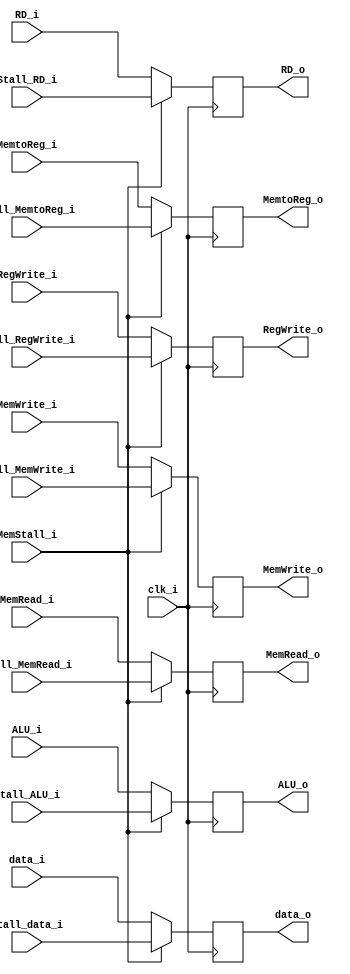
module EX_MEM
(
    input            clk_i,
    input   [31:0]   ALU_i,
    input   [31:0]   data_i,
    input   [4:0]    RD_i,
    input            MemtoReg_i,
    input            MemWrite_i,
    input            MemRead_i,
    input            RegWrite_i,
    input            MemStall_i,
    input   [31:0]   Stall_ALU_i,
    input   [31:0]   Stall_data_i,
    input   [4:0]    Stall_RD_i,
    input            Stall_MemtoReg_i,
    input            Stall_MemWrite_i,
    input            Stall_MemRead_i,
    input            Stall_RegWrite_i,
    output  [31:0]   ALU_o,
    output  [31:0]   data_o,
    output  [4:0]    RD_o,
    output           MemtoReg_o,
    output           MemWrite_o,
    output           MemRead_o,
    output           RegWrite_o
);

reg     [31:0]     ALU_o, data_o;
reg     [4:0]      RD_o;
reg                MemtoReg_o, MemWrite_o, MemRead_o, RegWrite_o;

always @ (posedge clk_i) begin
    if(MemStall_i) begin
        ALU_o <= Stall_ALU_i;
        data_o <= Stall_data_i;
        RD_o <= Stall_RD_i;
        MemtoReg_o <= Stall_MemtoReg_i;
        MemWrite_o <= Stall_MemWrite_i;
        MemRead_o <= Stall_MemRead_i;
        RegWrite_o <= Stall_RegWrite_i;
    end
    else begin
        ALU_o <= ALU_i;
        data_o <= data_i;
        RD_o <= RD_i;
        MemtoReg_o <= MemtoReg_i;
        MemWrite_o <= MemWrite_i;
        MemRead_o <= MemRead_i;
        RegWrite_o <= RegWrite_i;
    end
end

endmodule